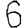
Digit: 6